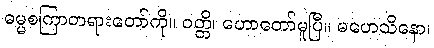
ဓမ္မစကြာတရားတော်ကို။ ဝတ္တိ၊ ဟောတော်မူပြီ။ မဟေသိနော၊